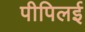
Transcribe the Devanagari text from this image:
पीपिलई